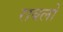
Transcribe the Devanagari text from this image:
राबलो